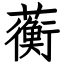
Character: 蘅